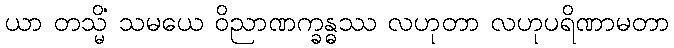
ယာ တသ္မိံ သမယေ ဝိညာဏက္ခန္ဓဿ လဟုတာ လဟုပရိဏာမတာ